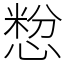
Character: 㥹